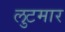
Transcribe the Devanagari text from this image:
लुटमार